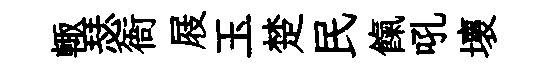
輙瑟衙屐玉楚民餼吼壞